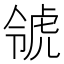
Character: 𧆺